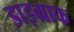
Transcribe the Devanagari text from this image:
डाइग्राफ